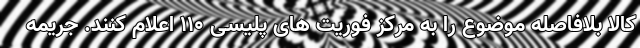
کالا بلافاصله موضوع را به مرکز فوریت های پلیسی ۱۱۰ اعلام کنند. جریمه